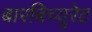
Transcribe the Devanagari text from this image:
बारबिच्युरेट